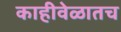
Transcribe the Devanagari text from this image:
काहीवेळातच